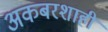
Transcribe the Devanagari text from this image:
अकबरशाही